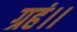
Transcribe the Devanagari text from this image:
ग्रहं।।